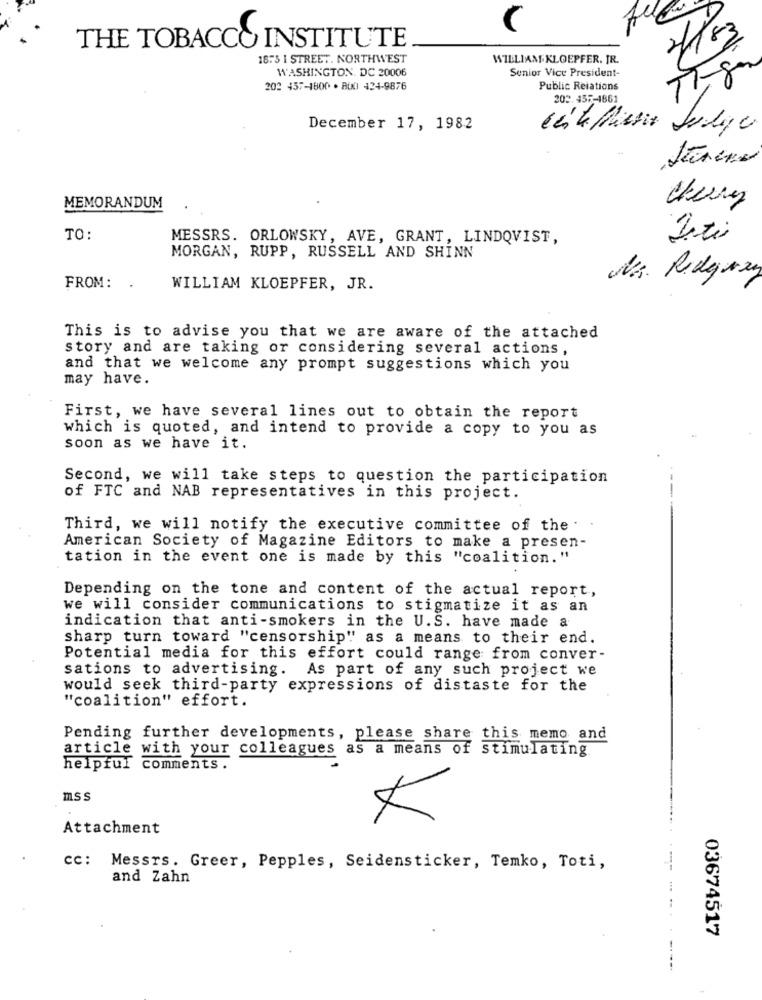
THE TOBACCO INSTITUTE
2/83
1875 1 STREET. NORTHWEST
WILLIAM KLOEPFER. JR.
WASHINGTON, DC 20006
Senior Vice President-
TF
202 457-1800 · BUO 424-9876
Public Relations
202.457-4861
December 17, 1982
cherry
MEMORANDUM
TO:
MESSRS. ORLOWSKY, AVE, GRANT, LINDQVIST,
MORGAN, RUPP, RUSSELL AND SHINN
N.s. Ridgway
FROM: .
WILLIAM KLOEPFER, JR.
This is to advise you that we are aware of the attached
story and are taking or considering several actions,
and that we welcome any prompt suggestions which you
may have.
First, we have several lines out to obtain the report
which is quoted, and intend to provide a copy to you as
soon as we have it.
Second, we will take steps to question the participation
of FTC and NAB representatives in this project.
Third, we will notify the executive committee of the . .
American Society of Magazine Editors to make a presen-
tation in the event one is made by this "coalition."
Depending on the tone and content of the actual report,
we will consider communications to stigmatize it as an
indication that anti-smokers in the U.S. have made a
sharp turn toward "censorship" as a means to their end.
Potential media for this effort could range from conver-
sations to advertising. As part of any such project we
would seek third-party expressions of distaste for the
"coalition" effort.
Pending further developments, please share this memo and
article with your colleagues as a means of stimulating
helpful comments.
mss
Attachment
CC: Messrs. Greer, Pepples, Seidensticker, Temko, Toti,
and Zahn
03674517